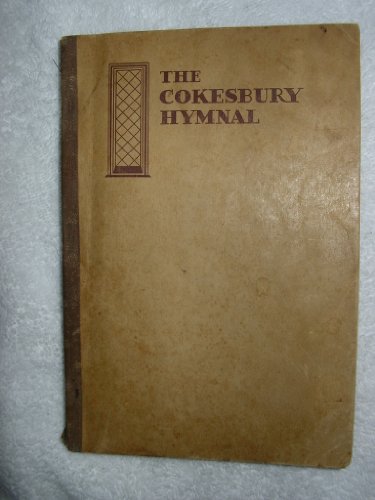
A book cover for The Cokesbury Hymnal; Christian Books & Bibles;